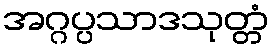
အဂ္ဂပ္ပသာဒသုတ္တံ